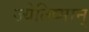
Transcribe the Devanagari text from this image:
ज्येतिष्मान्